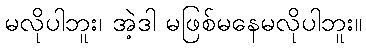
မလိုပါဘူး၊ အဲ့ဒါ မဖြစ်မနေမလိုပါဘူး။